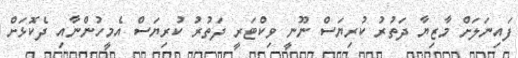
ފައިނަލަށް މާޒިޔާ ދަތުރު ކުރިޔަސް ނޫނީ ވިކްޓަރީ ދަތުރު ކުރިޔަސް އެމީހުންނާއި ދެކޮޅަށް